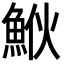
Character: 𩶻